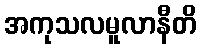
အကုသလမူလာနီတိ